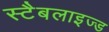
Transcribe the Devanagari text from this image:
स्टैबलाइज्ड